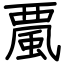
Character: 𩗏